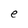
Character: e